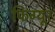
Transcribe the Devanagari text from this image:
फिग्यूर